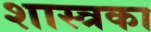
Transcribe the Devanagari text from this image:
शास्त्रका